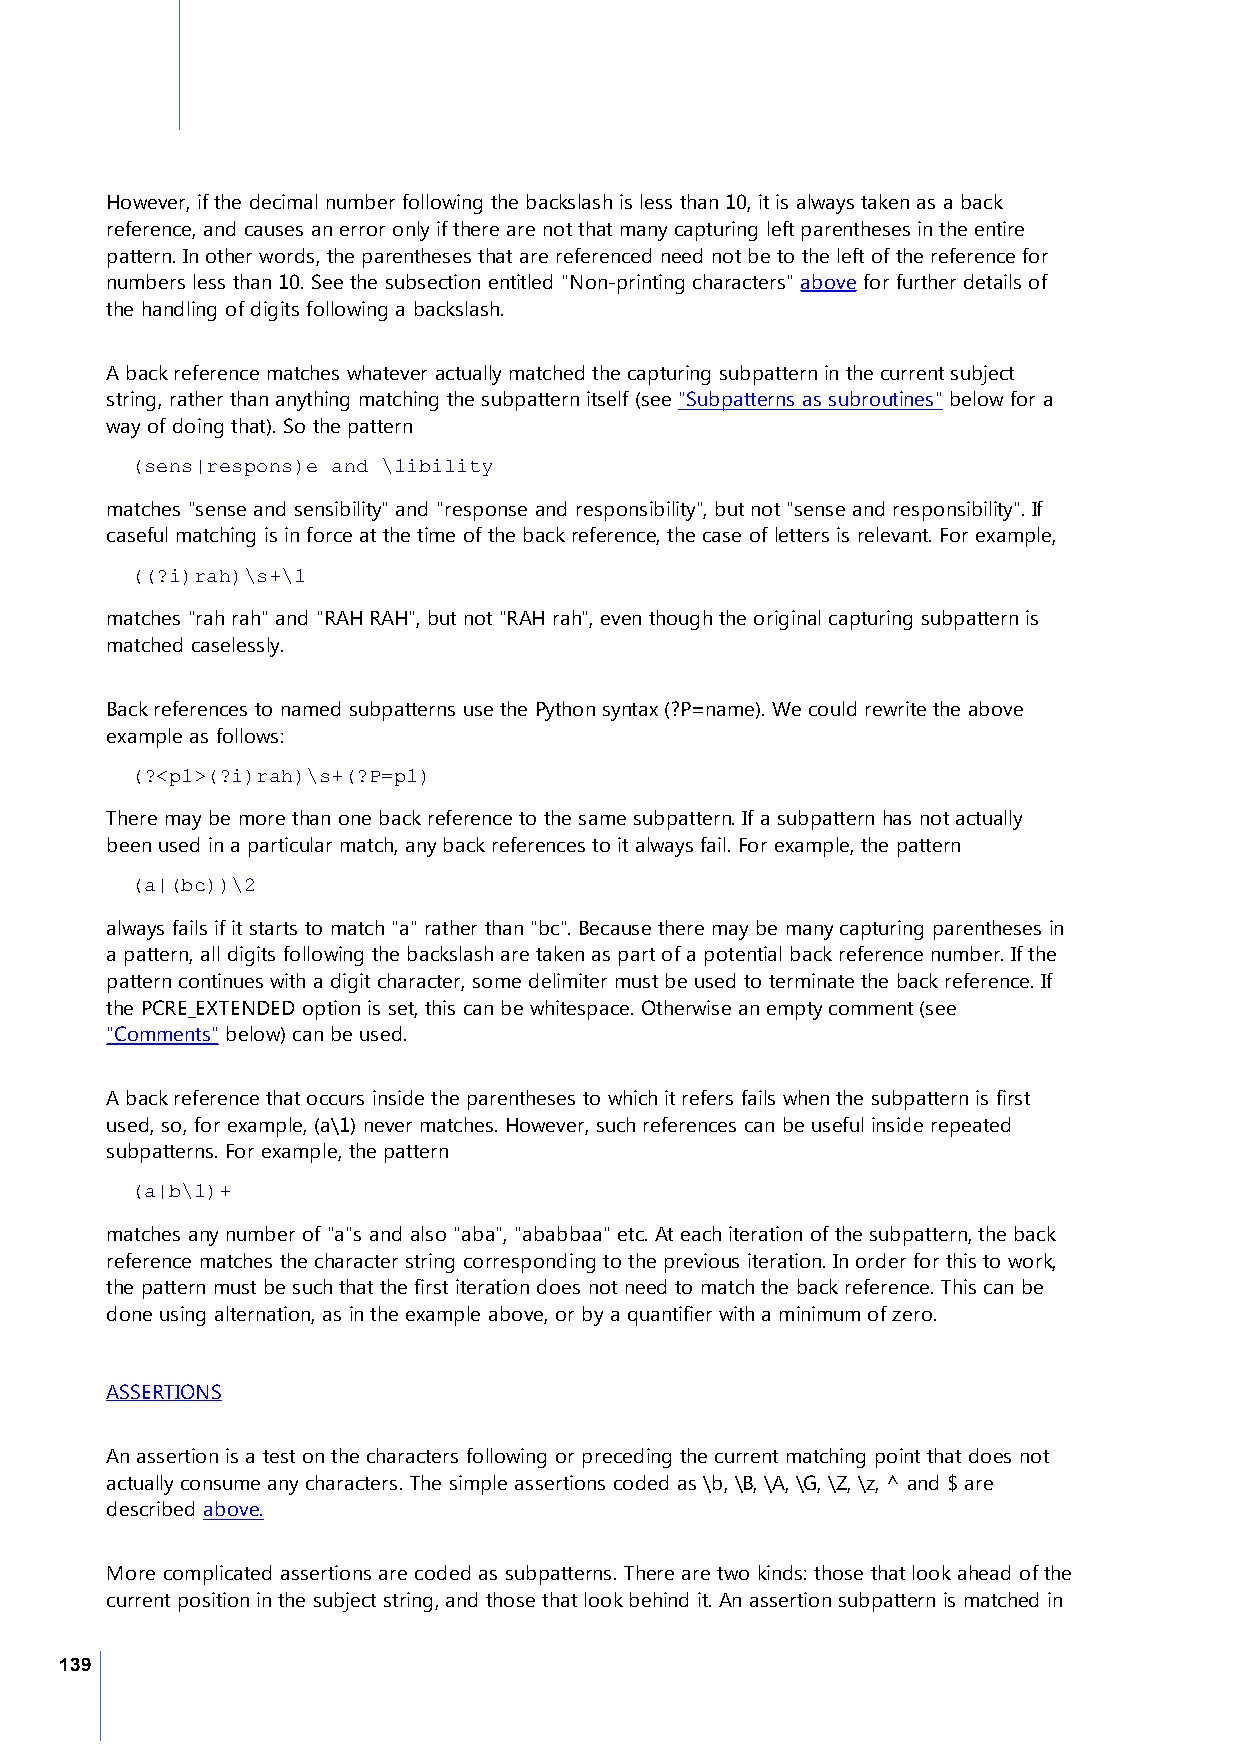
However, if the decimal number following the backslash is less than 10, it is always taken as a back
 reference, and causes an error only if there are not that many capturing left parentheses in the entire
 pattern. In other words, the parentheses that are referenced need not be to the left of the reference for
 numbers less than 10. See the subsection entitled "Non-printing characters" above for further details of
 the handling of digits following a backslash.
 A back reference matches whatever actually matched the capturing subpattern in the current subject
 string, rather than anything matching the subpattern itself (see "Subpatterns as subroutines" below for a
 way of doing that). So the pattern
 (sens|respons)e and \1ibility
 matches "sense and sensibility" and "response and responsibility", but not "sense and responsibility". If
 caseful matching is in force at the time of the back reference, the case of letters is relevant. For example,
 ((?i)rah)\s+\1
 matches "rah rah" and "RAH RAH", but not "RAH rah", even though the original capturing subpattern is
 matched caselessly.
 Back references to named subpatterns use the Python syntax (?P=name). We could rewrite the above
 example as follows:
 (?<p1>(?i)rah)\s+(?P=p1)
 There may be more than one back reference to the same subpattern. If a subpattern has not actually
 been used in a particular match, any back references to it always fail. For example, the pattern
 (a|(bc))\2
 always fails if it starts to match "a" rather than "bc". Because there may be many capturing parentheses in
 a pattern, all digits following the backslash are taken as part of a potential back reference number. If the
 pattern continues with a digit character, some delimiter must be used to terminate the back reference. If
 the PCRE_EXTENDED option is set, this can be whitespace. Otherwise an empty comment (see
 "Comments" below) can be used.
 A back reference that occurs inside the parentheses to which it refers fails when the subpattern is first
 used, so, for example, (a\1) never matches. However, such references can be useful inside repeated
 subpatterns. For example, the pattern
 (a|b\1)+
 matches any number of "a"s and also "aba", "ababbaa" etc. At each iteration of the subpattern, the back
 reference matches the character string corresponding to the previous iteration. In order for this to work,
 the pattern must be such that the first iteration does not need to match the back reference. This can be
 done using alternation, as in the example above, or by a quantifier with a minimum of zero.
 ASSERTIONS
 An assertion is a test on the characters following or preceding the current matching point that does not
 actually consume any characters. The simple assertions coded as \b, \B, \A, \G, \Z, \z, ^ and $ are
 described above.
 More complicated assertions are coded as subpatterns. There are two kinds: those that look ahead of the
 current position in the subject string, and those that look behind it. An assertion subpattern is matched in
 139